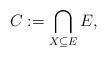
LaTeX: \begin{align*}C:=\bigcap_{X \subseteq E} E,\end{align*}